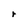
Character: r